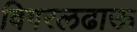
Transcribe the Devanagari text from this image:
बिगरलढाऊ